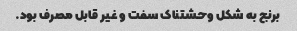
برنج به شکل وحشتناک سفت و غیر قابل مصرف بود.